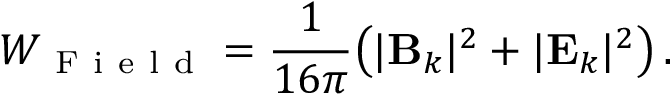
W _ { \mathrm { ~ F ~ i ~ e ~ l ~ d ~ } } = \frac { 1 } { 1 6 \pi } \! \left( | \mathbf { { B } } _ { k } | ^ { 2 } + | \mathbf { { E } } _ { k } | ^ { 2 } \right) .